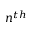
n ^ { t h }